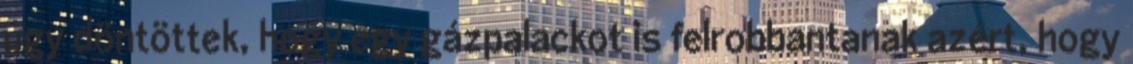
úgy döntöttek, hogy egy gázpalackot is felrobbantanak azért, hogy